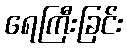
ရေကြီးခြင်း